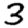
Digit: 3